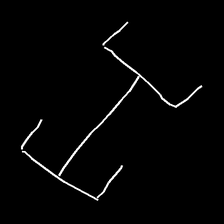
Glyph: entwine